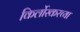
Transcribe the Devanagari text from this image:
किर्लोस्करच्या